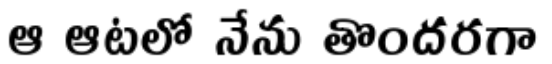
ఆ ఆటలో నేను తొందరగా